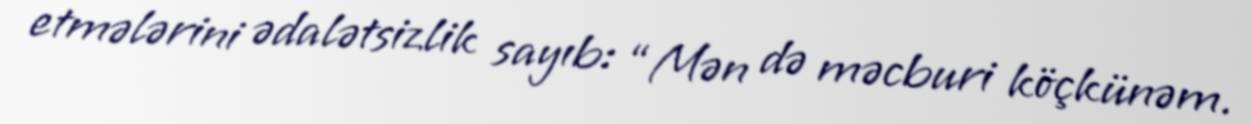
etmələrini ədalətsizlik sayıb: “Mən də məcburi köçkünəm.